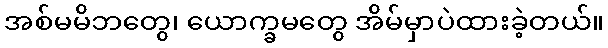
အစ်မမိဘတွေ၊ ယောက္ခမတွေ အိမ်မှာပဲထားခဲ့တယ်။